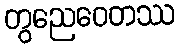
တွညေဝေတဿ